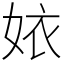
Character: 㛄